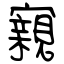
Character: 寴